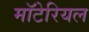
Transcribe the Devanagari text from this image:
मॉटेरियल